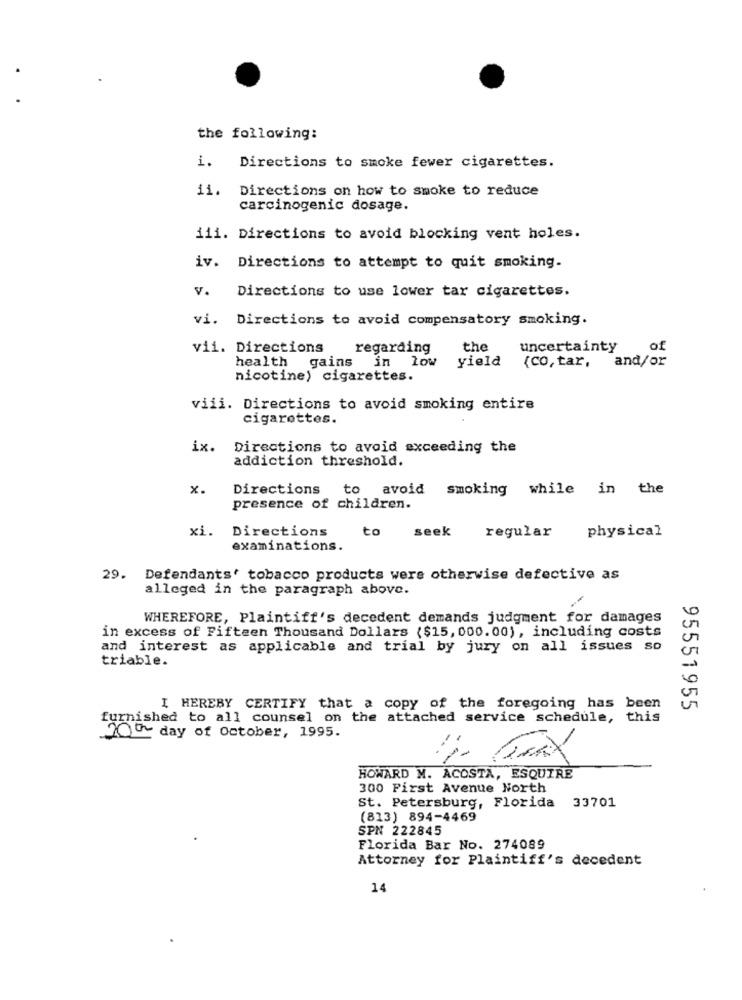
the following:
1.
Directions to smoke fewer cigarettes.
ii. Directions on how to smoke to reduce
carcinogenic dosage.
iii. Directions to avoid blocking vent holes.
iv. Directions to attempt to quit smoking.
Directions to use lower tar cigarettes.
v.
vi. Directions to avoid compensatory smoking.
vii. Directions
regarding
the
uncertainty
of
health gains in low
yield
{co, tar,
and/or
nicotine) cigarettes.
viii. Directions to avoid smoking entire
cigarettes.
ix.
Directions to avoid exceeding the
addiction threshold.
x.
Directions
to
avoid smoking while in the
presence of children.
xi.
Directions
regular
physical
to seek
examinations.
29. Defendants' tobacco products wers otherwise defective as
alleged in the paragraph above.
WHEREFORE, Plaintiff's decedent demands judgment for damages
in excess of Fifteen Thousand Dollars ($15, 000.00) , including costs
and interest as applicable and trial by jury on all issues so
triable.
I HEREBY CERTIFY that a copy of the foregoing has been
95551955
furnished to all counsel on the attached service schedule, this
10th day of October, 1995.
4. Tax
HOWARD M. ACOSTA, ESQUIRE
300 First Avenue North
St. Petersburg, Florida 33701
(813) 894-4469
SPN 222845
Florida Bar No. 274089
Attorney for Plaintiff's decedent
14